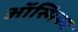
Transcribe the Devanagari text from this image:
ऑस्मियम